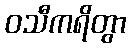
ဝသီကရိတွာ